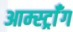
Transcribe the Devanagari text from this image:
आर्म्स्ट्राँग